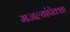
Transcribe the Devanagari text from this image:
मजल्यांपेक्शा